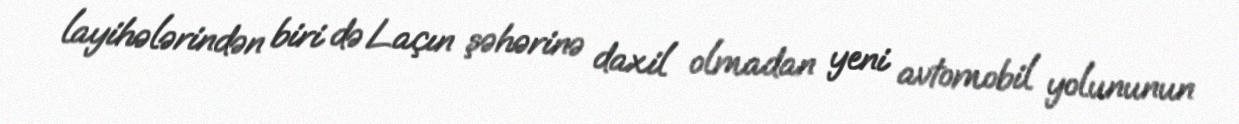
layihələrindən biri də Laçın şəhərinə daxil olmadan yeni avtomobil yolununun